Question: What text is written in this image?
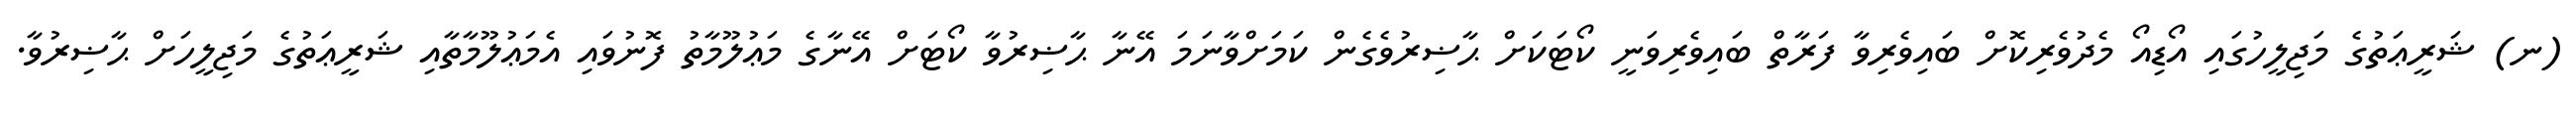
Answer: (ނ) ޝަރީޢަތުގެ މަޖިލީހުގައި އޯޑިއޯ މެދުވެރިކޮށް ބައިވެރިވާ ފަރާތް ބައިވެރިވަނީ ކޯޓަކަށް ޙާޟިރުވެގެން ކަމަށްވާނަމަ އޭނާ ޙާޟިރުވާ ކޯޓަށް އޭނާގެ މަޢުލޫމާތު ފޮނުވައި އެމަޢުލޫމާތާއި ޝަރީޢަތުގެ މަޖިލީހަށް ޙާޟިރުވާ.